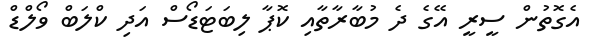
އެގޮތުން ސީރީ އޭގެ ދެ މުބާރާތާއި ކޮޕާ ލިބަޓަޑޯސް އަދި ކްލަބް ވޯލްޑް